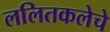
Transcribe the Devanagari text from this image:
ललितकलेचे